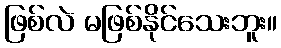
ဖြစ်လဲ မဖြစ်နိုင်သေးဘူး။